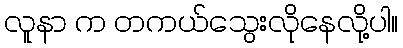
လူနာ က တကယ်သွေးလိုနေလို့ပါ။